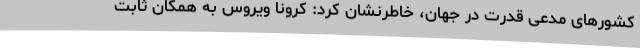
کشورهای مدعی قدرت در جهان، خاطرنشان کرد: کرونا ویروس به همگان ثابت